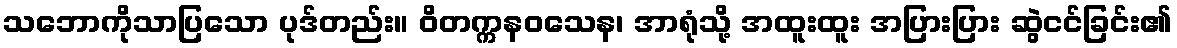
သဘောကိုသာပြသော ပုဒ်တည်း။ ဝိတက္ကနဝသေန၊ အာရုံသို့ အထူးထူး အပြားပြား ဆွဲငင်ခြင်း၏